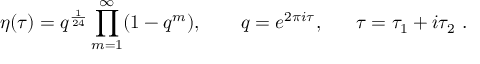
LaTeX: \eta ( \tau ) = q ^ { \frac { 1 } { 2 4 } } \prod _ { m = 1 } ^ { \infty } ( 1 - q ^ { m } ) , ~ ~ ~ ~ ~ ~ q = e ^ { 2 \pi i \tau } , ~ ~ ~ ~ ~ \tau = \tau _ { 1 } + i \tau _ { 2 } \ .